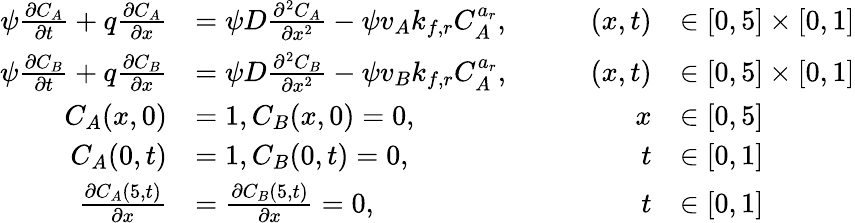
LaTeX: \begin{array}{rlrl}{\psi\frac{\partial C_{A}}{\partial t}+q\frac{\partial C_{A}}{\partial x}}&{=\psi D\frac{\partial^{2}C_{A}}{\partial x^{2}}-\psi v_{A}k_{f,r}C_{A}^{a_{r}},\qquad}&{(x,t)}&{\in[0,5]\times[0,1]}\\ {\psi\frac{\partial C_{B}}{\partial t}+q\frac{\partial C_{B}}{\partial x}}&{=\psi D\frac{\partial^{2}C_{B}}{\partial x^{2}}-\psi v_{B}k_{f,r}C_{A}^{a_{r}},\qquad}&{(x,t)}&{\in[0,5]\times[0,1]}\\ {C_{A}(x,0)}&{=1,C_{B}(x,0)=0,}&{x}&{\in[0,5]}\\ {C_{A}(0,t)}&{=1,C_{B}(0,t)=0,}&{t}&{\in[0,1]}\\ {\frac{\partial C_{A}(5,t)}{\partial x}}&{=\frac{\partial C_{B}(5,t)}{\partial x}=0,}&{t}&{\in[0,1]}\end{array}